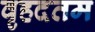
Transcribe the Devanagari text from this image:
वृहदतम